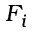
F _ { i }